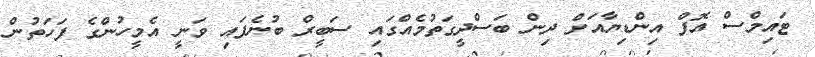
ޓައިމްސް އޮފް އިންޑިޔާއަށް ދިން ބަސްދީގަތުމެއްގައި ސަބީރް ބުނެފައި ވަނީ އެމީހުންގެ ފަހަތުން